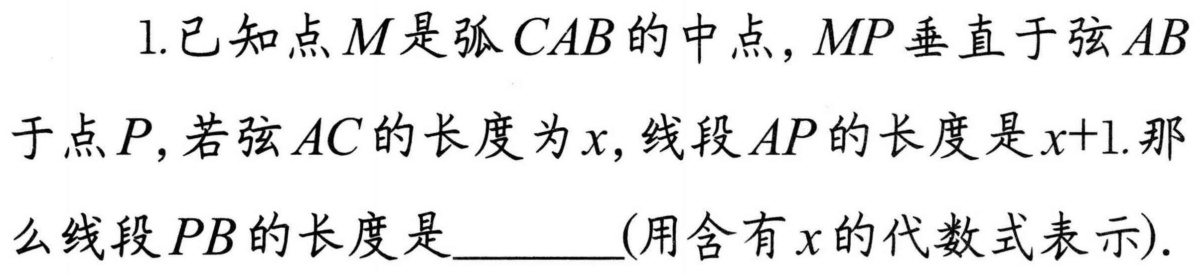
1.已知点\(M\)是弧\(CAB\)的中点，\(MP\)垂直于弦\(AB\)于点\(P\)，若弦\(AC\)的长度为\(x\)，线段\(AP\)的长度是\(x + 1\).那么线段\(PB\)的长度是______(用含有\(x\)的代数式表示).